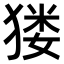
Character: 𤠋